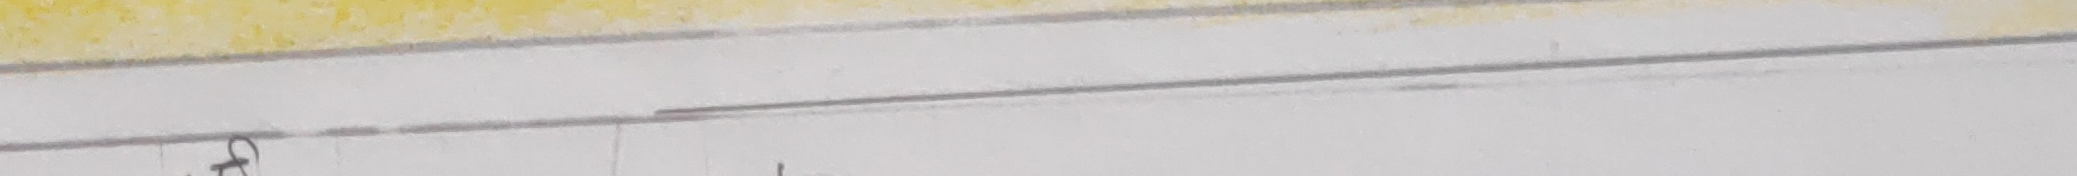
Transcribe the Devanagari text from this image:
ज्ञ